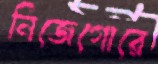
নিজেগোরে